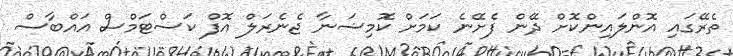
ތެރޭގައި އޮންލައިންކޮށް ދޭން ފެށޭނެ ކަމަށް ކޮމިޝަނާ ޖެނެރަލް އޮފް ކަސްޓަމްސް އައްބާސް